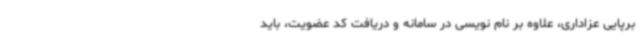
برپایی عزاداری، علاوه بر نام نویسی در سامانه و دریافت کد عضویت، باید